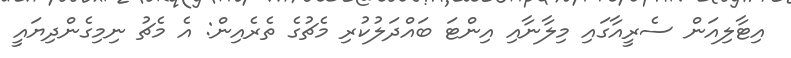
އިޓާލިއަން ސެރީއާގައި މިލާނާއި އިންޓަ ބައްދަލުކުރި މެޗުގެ ތެރެއިން: އެ މެޗު ނިމިގެންދިޔައީ